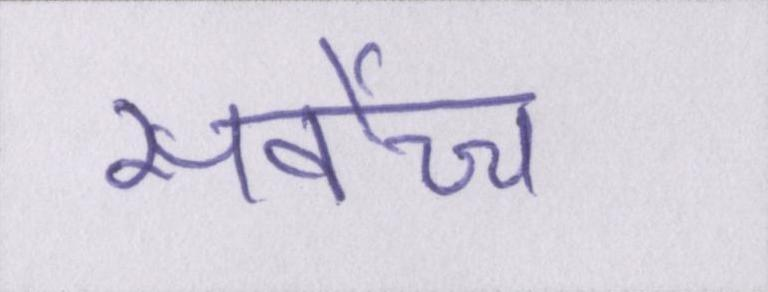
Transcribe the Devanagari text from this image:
सर्वोच्च